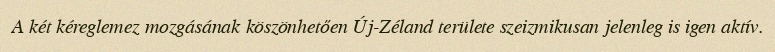
A két kéreglemez mozgásának köszönhetően Új-Zéland területe szeizmikusan jelenleg is igen aktív.